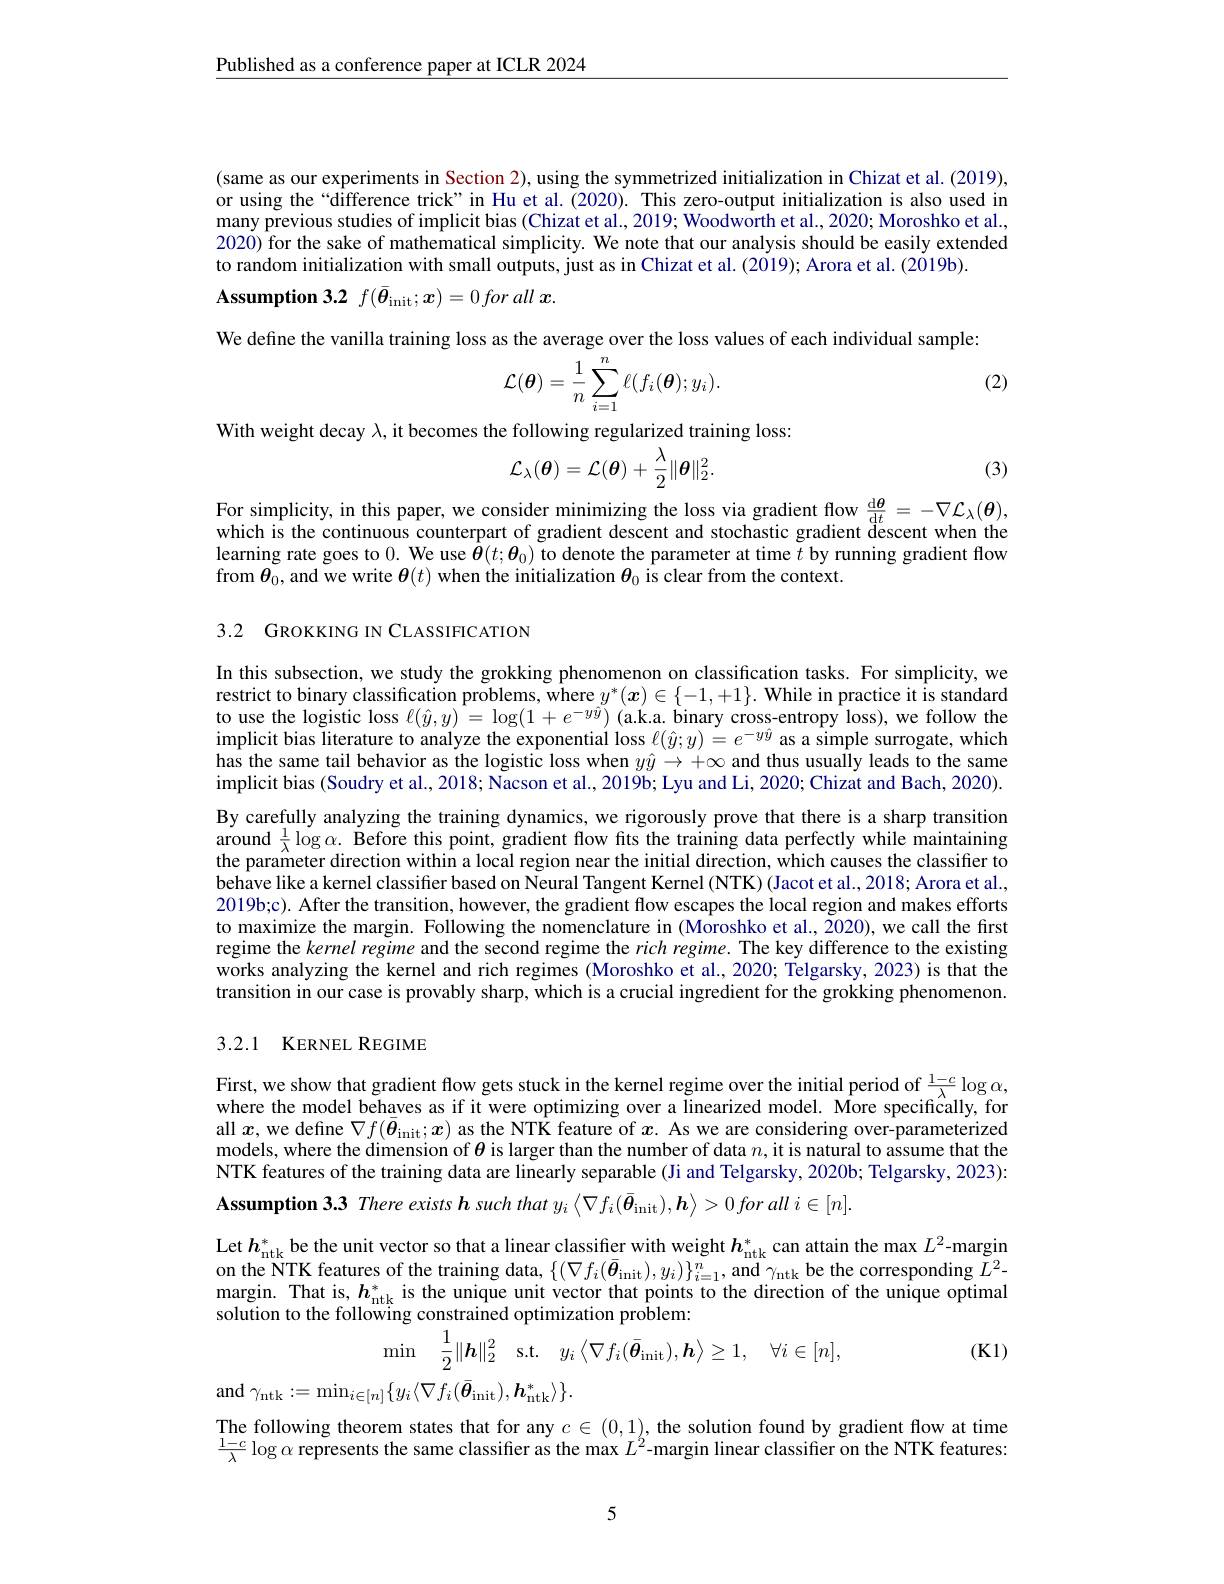
$\underline{\text{Published as a conference paper at ICLR 2024}}$

(same as our experiments in Section 2), using the symmetrized initialization in Chizat et al. (2019), or using the “difference trick”in Hu et al.(2020). This zero-output initialization is also used in many previous studies of implicit bias (Chizat et al., 2019; Woodworth et al., 2020; Moroshko et al., 2020) for the sake of mathematical simplicity. We note that our analysis should be easily extended to random initialization with small outputs, just as in Chizat et al. (2019); Arora et al. (2019b)
$\mathbf{Assumption~3. 2}$ $f( \bar{\boldsymbol{\theta }} _{\mathrm{init}}; \boldsymbol{x}) = 0\textit{for all x}$

We define the vanilla training loss as the average over the loss values of each individual sample:

(2)
$$\mathcal{L}(\boldsymbol{\theta})=\frac{1}{n}\sum_{i=1}^n\ell(f_i(\boldsymbol{\theta});y_i).$$
With weight decay $\lambda$, it becomes the following regularized training loss:

(3)
$$\mathcal{L}_{\lambda}(\theta)=\mathcal{L}(\theta)+\frac{\lambda}{2}\|\theta\|_{2}^{2}.$$
$\begin{array}{l}\text{For simplicity, in this paper, we consider minimizing the loss via gradient flow }\frac{\mathrm{d}\boldsymbol{\theta}}{\mathrm{d}t}=-\nabla\mathcal{L}_\lambda(\boldsymbol{\theta}),\\\text{which is the continuous counterpart of gradient descent and stochastic gradient descent when the}\end{array}$

learning rate goes to 0. We use $\hat{\boldsymbol{\theta}}(t;\boldsymbol{\theta}_0)$ to denote the parameter at time $\tilde{t}$ by running gradient flow
from $\boldsymbol{\theta}_0$, and we write $\boldsymbol{\theta}(t)$ when the initialization $\boldsymbol{\theta}_0$ is clear from the context.

3.2 GROKKING IN CLASSIFICATION

In this subsection, we study the grokking phenomenon on classification tasks. For simplicity, we restrict to binary classification problems, where $y^*(\boldsymbol{x})\in\{-1,+1\}.$ While in practice it is standard to use the logistic loss $\ell(\hat{y},y)=\log(1+e^{-y\tilde{y}})$ (a.k.a. binary cross-entropy loss), we follow the implicit bias literature to analyze the exponential loss $\ell(\hat{y};y)=e^{-y\hat{y}}$ as a simple surrogate, which has the same tail behavior as the logistic loss when $y\hat{y}\to+\infty$ and thus usually leads to the same implicit bias (Soudry et al., 2018; Nacson et al., 2019b; Lyu and Li, 2020; Chizat and Bach, 2020). By carefully analyzing the training dynamics, we rigorously prove that there is a sharp transition around $\frac1\lambda\log\alpha.$ Before this point, gradient flow fits the training data perfectly while maintaining the parameter direction within a local region near the initial direction, which causes the classifier to behave like a kernel classifier based on Neural Tangent Kernel (NTK) (Jacot et al., 2018; Arora et al., 2019b;c). After the transition, however, the gradient flow escapes the local region and makes efforts to maximize the margin. Following the nomenclature in (Moroshko et al., 2020), we call the first regime the kernel regime and the second regime the rich regime. The key difference to the existing works analyzing the kernel and rich regimes (Moroshko et al., 2020; Telgarsky, 2023) is that the transition in our case is provably sharp, which is a crucial ingredient for the grokking phenomenon.

### 3.2.1 KERNEL REGIME

First, we show that gradient flow gets stuck in the kernel regime over the initial period of $\frac{1-c}\lambda\log\alpha$, where the model behaves as if it were optimizing over a linearized model. More specifically, for all $x$, we define $\nabla f(\bar{\boldsymbol{\theta}}_\mathrm{init};x)$ as the NTK feature of $x.$ As we are considering over-parameterized models, where the dimension of $\theta$ is larger than the number of data $n$,it is natural to assume that the NTK features of the training data are linearly separable (Ji and Telgarsky, 2020b; Telgarsky, 2023):

Assumption 3.3 There exists $\boldsymbol{h}$ such that $y_i\left \langle \nabla f_{i}( \bar{\boldsymbol{\theta }} _{\mathrm{init}}) , \boldsymbol{h}\right \rangle > 0\textit{for all i}\in [ n] .$

Let $h_\mathrm{ntk}^*$ be the unit vector so that a linear classiffer with weight $h_\mathrm{ntk}^*$ can attain the max $L^2$-margin on the NTK features of the training data, $\{ ( \nabla f_{i}( \bar{\theta } _{\mathrm{init}}) , y_{i}) \} _{i= 1}^{n}$, and $\gamma _{\mathrm{ntk}}$be the corresponding $L^{2}-$ margin. That is, $h_{\mathrm{ntk}}^{* }$ is the unique unit vector that points to the direction of the unique optimal solu
$$\begin{aligned}&\text{wing conouanca opunizauon prooicni.}\\&\min\quad\frac{1}{2}\|\boldsymbol{h}\|_{2}^{2}\quad\mathrm{s.t.}\quad y_{i}\left\langle\nabla f_{i}(\bar{\boldsymbol{\theta}}_{\mathrm{init}}),\boldsymbol{h}\right\rangle\geq1,\quad\forall i\in[n],\\&\{u\cdot\langle\nabla f\cdot(\bar{\boldsymbol{\theta}},\ldots)\:\boldsymbol{h}^{*}\:\rangle\}\end{aligned}$$
(K1)

and $\gamma_{\mathrm{ntk}}:=\min_{i\in[n]}\{y_{i}\langle\nabla f_{i}(\bar{\boldsymbol{\theta}}_{\mathrm{init}}),\boldsymbol{h}_{\mathrm{ntk}}^{*}\rangle\}.$

The following theorem states that for any $c\in(0,1)$, the solution found by gradient flow at time $\frac{1-c}\lambda\log\alpha$ represents the same classifier as the max $L^2$-margin linear classifier on the NTK features:

5